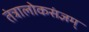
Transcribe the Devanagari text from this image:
तंत्रालोकसंज्ञम्